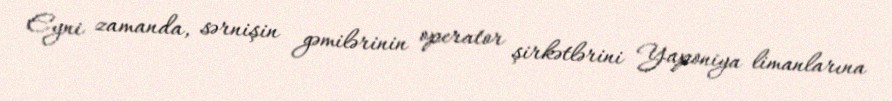
Eyni zamanda, sərnişin gəmilərinin operator şirkətlərini Yaponiya limanlarına